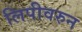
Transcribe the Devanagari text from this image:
लिपीवरुन